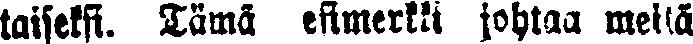
taiseksi. Tämä esimerkki johtaa meitä